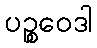
ပဉ္စဝေဒါ